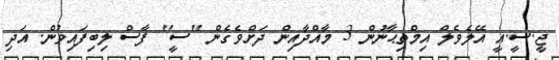
ޖީ.ސީ.އީ އޭލެވެލް އިމްތިޙާނުން 3 މާއްދާއިން ދަށްވެގެން "ސީ" ފާސް ލިބިފައިވުން. އަދި